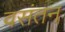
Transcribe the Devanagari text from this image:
वसंतन